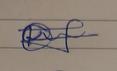
Signature authenticity: genuine